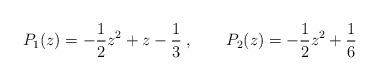
LaTeX: \begin{align*}P_1(z)=-\frac{1}{2}z^2+z-\frac{1}{3}\; ,\qquad P_2(z) = -\frac{1}{2}z^2+\frac{1}{6}\end{align*}